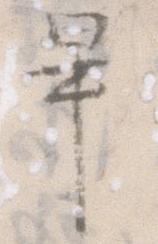
畢